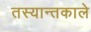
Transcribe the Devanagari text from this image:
तस्यान्तकाले